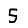
Digit: 5